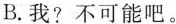
B.我?不可能吧。